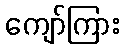
ကျော်ကြား